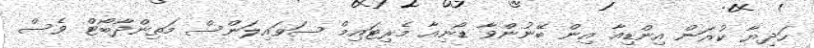
ހަދިޔާ ކުރަން އިންޑިއާ އިން ބޭނުންވާ ޑޯނިއާ މެރިޓައިމް ސަވައިލަންސް މަތިންދާބޯޓް ވެސް